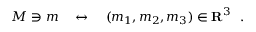
M \ni m \quad \leftrightarrow \quad ( m _ { 1 } , m _ { 2 } , m _ { 3 } ) \in { \bf R } ^ { 3 } \ \ .